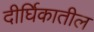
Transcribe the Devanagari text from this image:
दीर्घिकातील